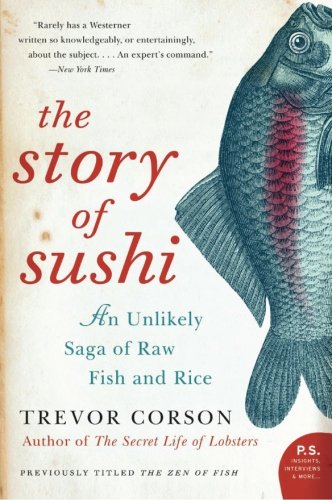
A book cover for The Story of Sushi: An Unlikely Saga of Raw Fish and Rice; Trevor Corson; Cookbooks, Food & Wine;